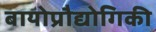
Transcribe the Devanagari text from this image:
बायोप्रौद्योगिकी